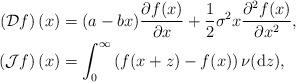
LaTeX: \begin{align*}\left(\mathcal{D}f\right)(x) & =(a-bx)\frac{\partial f(x)}{\partial x}+\frac{1}{2}\sigma^{2}x\frac{\partial^{2}f(x)}{\partial x^{2}},\\\left(\mathcal{J}f\right)(x) & =\int_{0}^{\infty}\left(f(x+z)-f(x)\right)\nu(\mathrm{d}z),\end{align*}